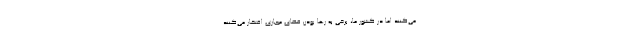
می‌کنند اما در کشور ما، برخی به رها بودن فضای مجازی افتخار می‌کنند